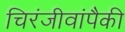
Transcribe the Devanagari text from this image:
चिरंजीवांपैकी